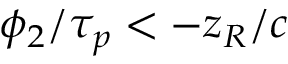
\phi _ { 2 } / \tau _ { p } < - z _ { R } / c